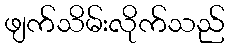
ဖျက်သိမ်းလိုက်သည်